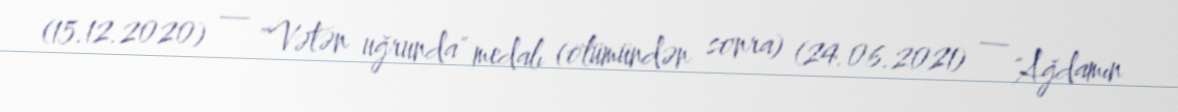
(15.12.2020) — "Vətən uğrunda" medalı (ölümündən sonra) (24.06.2021) — "Ağdamın